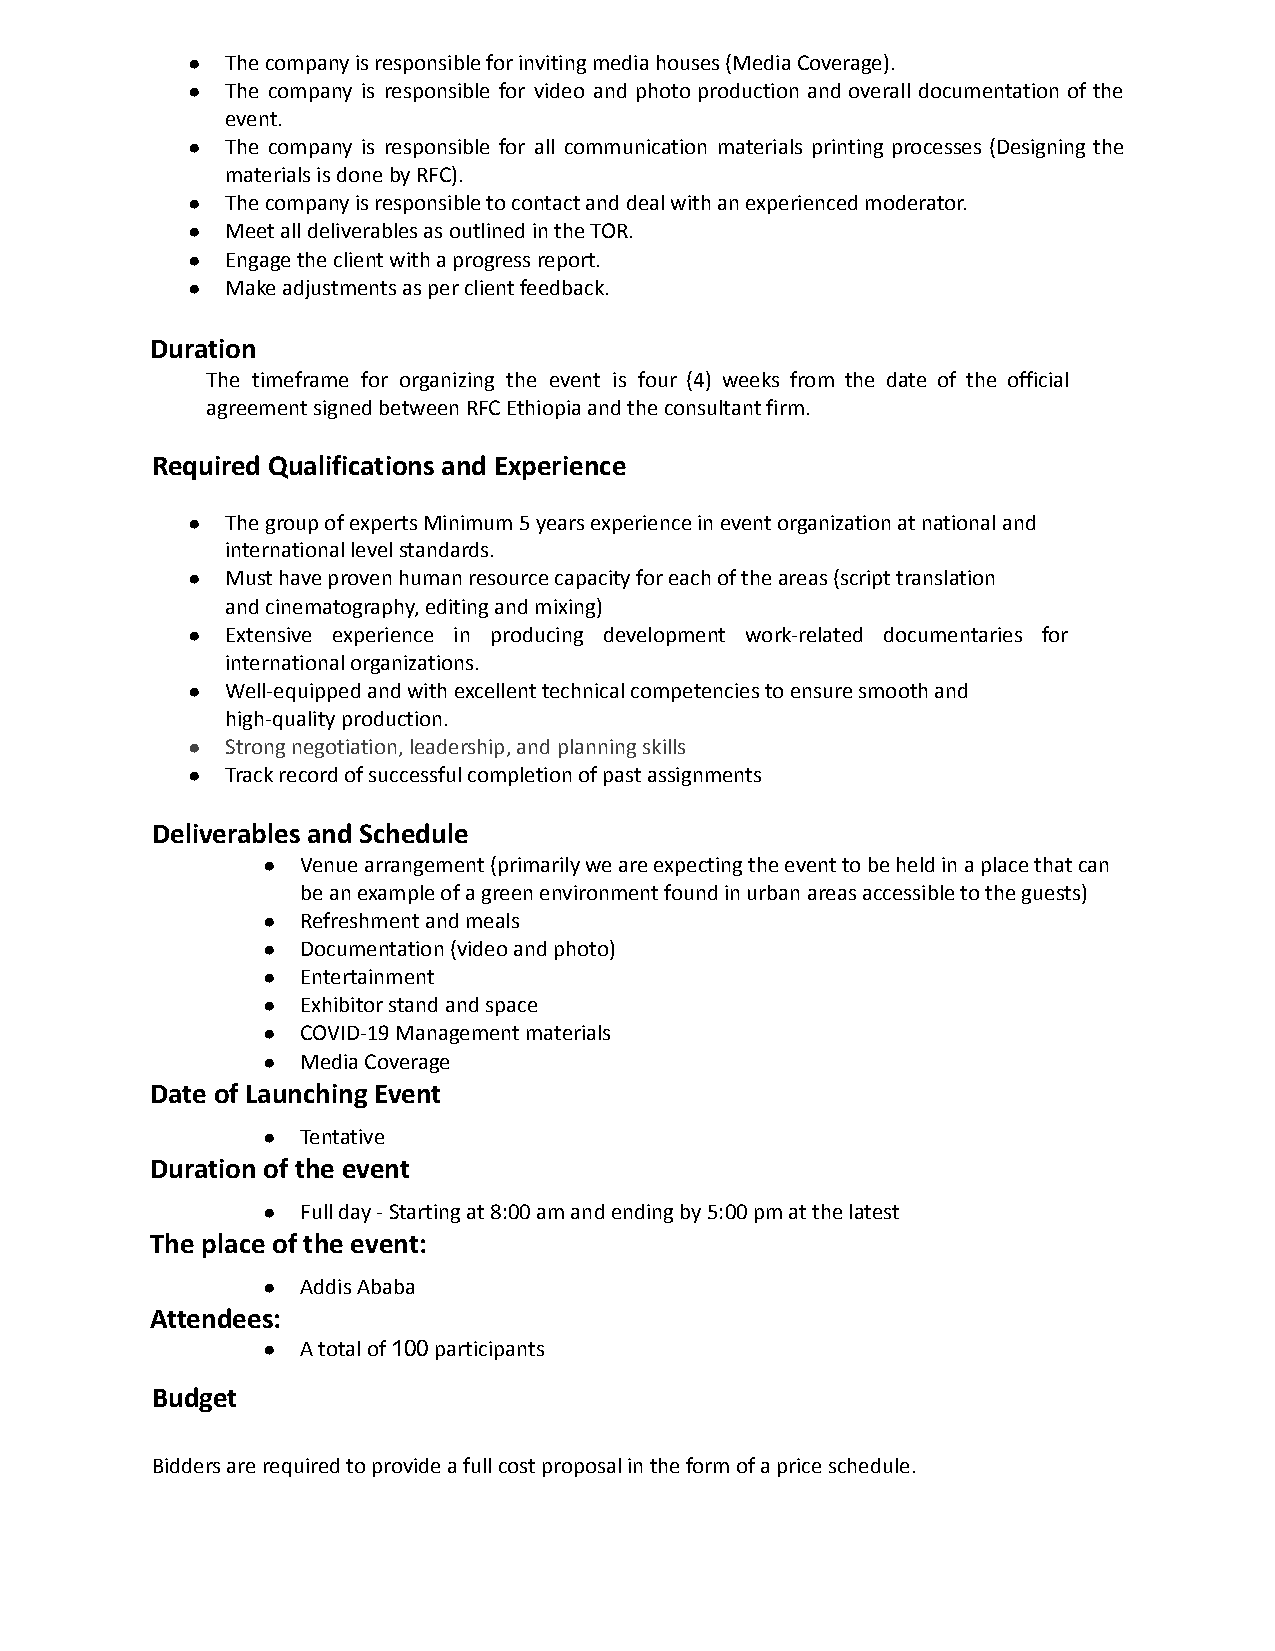
●  The company is responsible for inviting media houses (Media Coverage).
 ●  The company is responsible for video and photo production and overall documentation of the
 event.
 ●  The company is responsible for all communication materials printing processes (Designing the
 materials is done by RFC).
 ●  The company is responsible to contact and deal with an experienced moderator.
 ●  Meet all deliverables as outlined in the TOR.
 ●  Engage the client with a progress report.
 ●  Make adjustments as per client feedback.
 Duration
 The timeframe for organizing the event is four (4) weeks from the date of the official
 agreement signed between RFC Ethiopia and the consultant firm.
 Required Qualifications and Experience
 ●  The group of experts Minimum 5 years experience in event organization at national and
 international level standards.
 ●  Must have proven human resource capacity for each of the areas (script translation
 and cinematography, editing and mixing)
 ●  Extensive experience in producing development work-related documentaries for
 international organizations.
 ●  Well-equipped and with excellent technical competencies to ensure smooth and
 high-quality production.
 ●  Strong negotiation, leadership, and planning skills
 ●  Track record of successful completion of past assignments
 Deliverables and Schedule
 ●  Venue arrangement (primarily we are expecting the event to be held in a place that can
 be an example of a green environment found in urban areas accessible to the guests)
 ●  Refreshment and meals
 ●  Documentation (video and photo)
 ●  Entertainment
 ●  Exhibitor stand and space
 ●  COVID-19 Management materials
 ●  Media Coverage
 Date of Launching Event
 ●  Tentative
 Duration of the event
 ●  Full day - Starting at 8:00 am and ending by 5:00 pm at the latest
 The place of the event:
 ●  Addis Ababa
 Attendees:
 ●  A total of100participants
 Budget
 Bidders are required to provide a full cost proposal in the form of a price schedule.